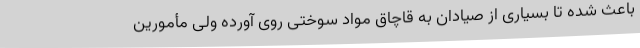
باعث شده تا بسیاری از صیادان به قاچاق مواد سوختی روی آورده ولی مأمورین